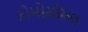
કોમોસૉમલ